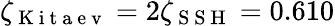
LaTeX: \zeta_{\mathrm{~K~i~t~a~e~v~}}=2\zeta_{\mathrm{~S~S~H~}}=0.610